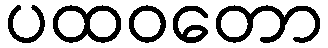
ပထဝတော